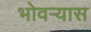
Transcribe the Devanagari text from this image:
भोवर्‍यास